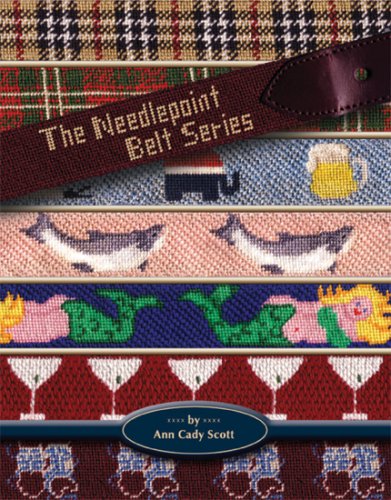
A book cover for The Needlepoint Belt Series; Ann Cady Scott; Crafts, Hobbies & Home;